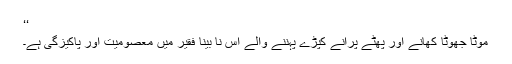
‘‘
موٹا جھوٹا کھانے اور پھٹے پُرانے کپڑے پہننے والے اِس نا بینا فقیر میں معصومیت اور پاکیزگی ہے۔